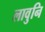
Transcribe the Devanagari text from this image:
लावुनि